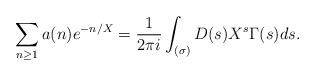
LaTeX: \begin{align*} \sum_{n \geq 1} a(n) e^{-n/X} = \frac{1}{2\pi i} \int_{(\sigma)} D(s) X^s \Gamma(s) ds.\end{align*}